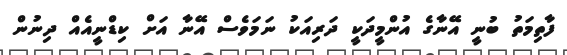
ފާތިމަތު ބުނީ އޭނާގެ އުންމީދަކީ ދަރިއަކު ނަމަވެސް އޭނާ އަށް ކިޑްނީއެއް ދިނުން